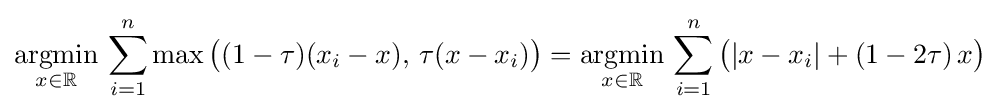
{\underset {x\in \mathbb {R} }{\operatorname {argmin} }}\,\sum _{i=1}^{n}\max {\big (}(1-\tau )(x_{i}-x),\,\tau (x-x_{i}){\big )}={\underset {x\in \mathbb {R} }{\operatorname {argmin} }}\,\sum _{i=1}^{n}{\big (}|x-x_{i}|+(1-2\tau )\,x{\big )}